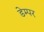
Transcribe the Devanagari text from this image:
डेम्पर